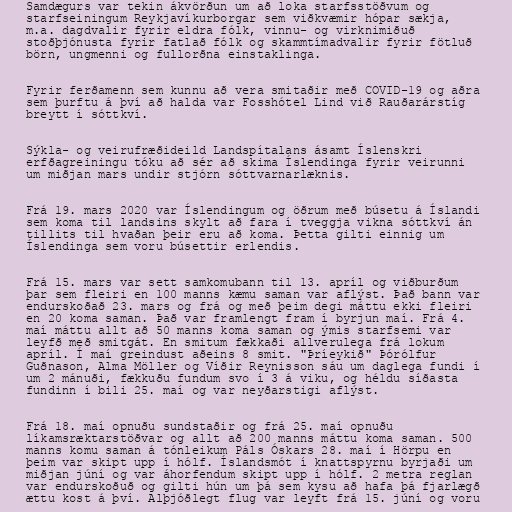
Samdægurs var tekin ákvörðun um að loka starfs­stöðvum og
starf­sein­ing­um Reykja­víkurborgar sem viðkvæm­ir hópar sækja,
m.a. dagdvalir fyrir eldra fólk, vinnu- og virknimiðuð
stoðþjónusta fyrir fatlað fólk og skammtímadvalir fyrir fötluð
börn, ungmenni og fullorðna einstaklinga.

Fyrir ferðamenn sem kunnu að vera smitaðir með COVID-19 og aðra
sem þurftu á því að halda var Fosshótel Lind við Rauðarárstíg
breytt í sóttkví.

Sýkla- og veirufræðideild Landspítalans ásamt Íslenskri
erfðagreiningu tóku að sér að skima Íslendinga fyrir veirunni
um miðjan mars undir stjórn sóttvarnarlæknis.

Frá 19. mars 2020 var Íslendingum og öðrum með búsetu á Íslandi
sem koma til landsins skylt að fara í tveggja vikna sóttkví án
tillits til hvaðan þeir eru að koma. Þetta gilti einnig um
Íslendinga sem voru búsettir erlendis.

Frá 15. mars var sett samkomubann til 13. apríl og viðburðum
þar sem fleiri en 100 manns kæmu saman var aflýst. Það bann var
endurskoðað 23. mars og frá og með þeim degi máttu ekki fleiri
en 20 koma saman. Það var framlengt fram í byrjun maí. Frá 4.
maí máttu allt að 50 manns koma saman og ýmis starfsemi var
leyfð með smitgát. En smitum fækkaði allverulega frá lokum
apríl. Í maí greindust aðeins 8 smit. "Þríeykið" Þórólfur
Guðnason, Alma Möller og Víðir Reynisson sáu um daglega fundi í
um 2 mánuði, fækkuðu fundum svo í 3 á viku, og héldu síðasta
fundinn í bili 25. maí og var neyðarstigi aflýst.

Frá 18. maí opnuðu sundstaðir og frá 25. maí opnuðu
líkamsræktarstöðvar og allt að 200 manns máttu koma saman. 500
manns komu saman á tónleikum Páls Óskars 28. maí í Hörpu en
þeim var skipt upp í hólf. Íslandsmót í knattspyrnu byrjaði um
miðjan júní og var áhorfendum skipt upp í hólf. 2 metra reglan
var endurskoðuð og gilti hún um þá sem kysu að hafa þá fjarlægð
ættu kost á því. Alþjóðlegt flug var leyft frá 15. júní og voru